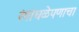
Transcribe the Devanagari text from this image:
रंगांधळेपणाचा